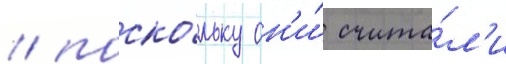
/ поско́льку он'и́ счита́л'и